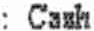
: CASH